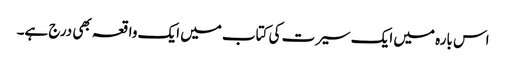
اس بارہ میں ایک سیرت کی کتاب میں ایک واقعہ بھی درج ہے۔